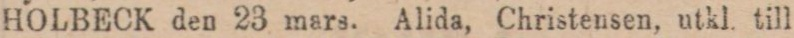
HOLBECK den 23 mars. Alida, Christensen, utkl. till